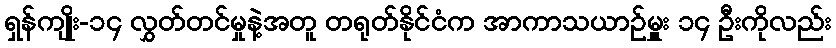
ရှန်ကျိုး-၁၄ လွှတ်တင်မှုနဲ့အတူ တရုတ်နိုင်ငံက အာကာသယာဉ်မှူး ၁၄ ဦးကိုလည်း